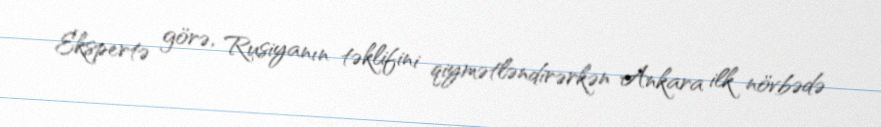
Ekspertə görə, Rusiyanın təklifini qiymətləndirərkən Ankara ilk növbədə